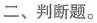
二、判断题。